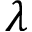
\boldsymbol { \lambda }